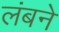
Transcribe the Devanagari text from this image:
लंबने